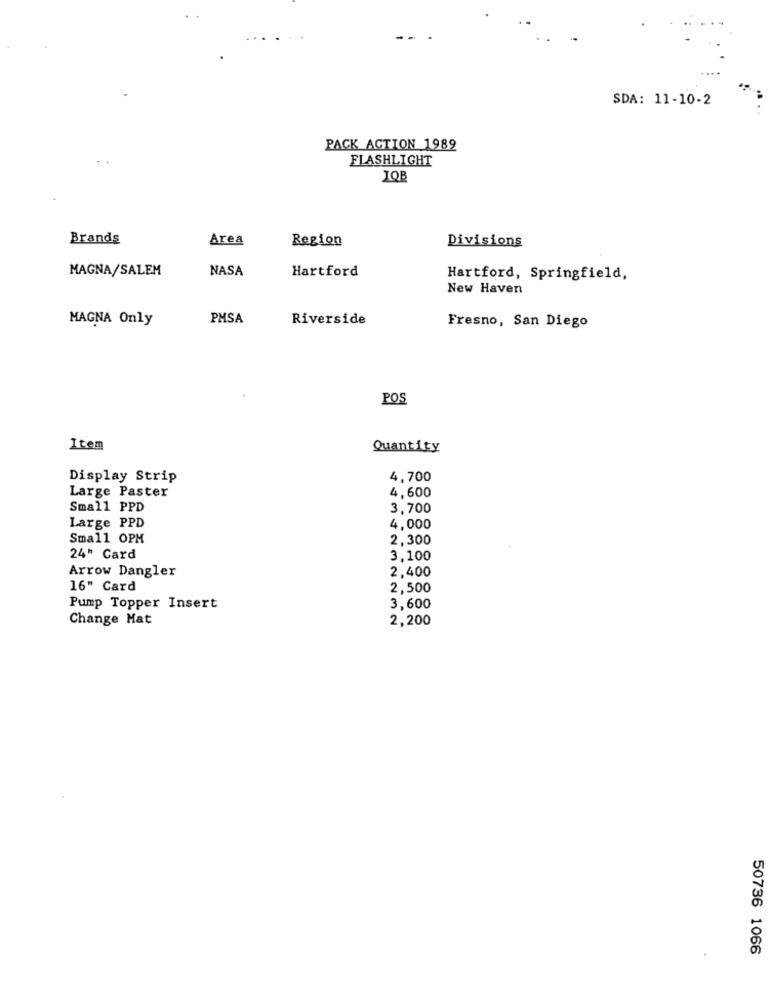
SDA: 11-10-2
PACK ACTION 1989
FLASHLIGHT
JOB
Brands
Area
Region
Divisions
MAGNA/SALEM
NASA
Hartford
Hartford, Springfield,
New Haven
MAGNA Only
PMSA
Riverside
Fresno, San Diego
POS
Item
Quantity
Display Strip
4,700
Large Paster
4,600
Small PPD
3,700
Large PPD
4,000
Small OPM
2,300
24" Card
3.100
Arrow Dangler
2,400
16" Card
2,500
Pump Topper Insert
3,600
Change Hat
2,200
50736 1066